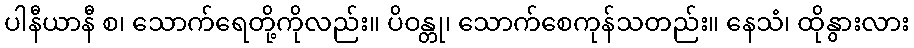
ပါနီယာနီ စ၊ သောက်ရေတို့ကိုလည်း။ ပိဝန္တု၊ သောက်စေကုန်သတည်း။ နေသံ၊ ထိုနွားလား